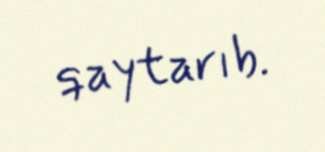
qaytarıb.